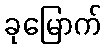
ခုမြောက်